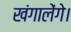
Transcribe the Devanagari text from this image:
खंगालेंगे।